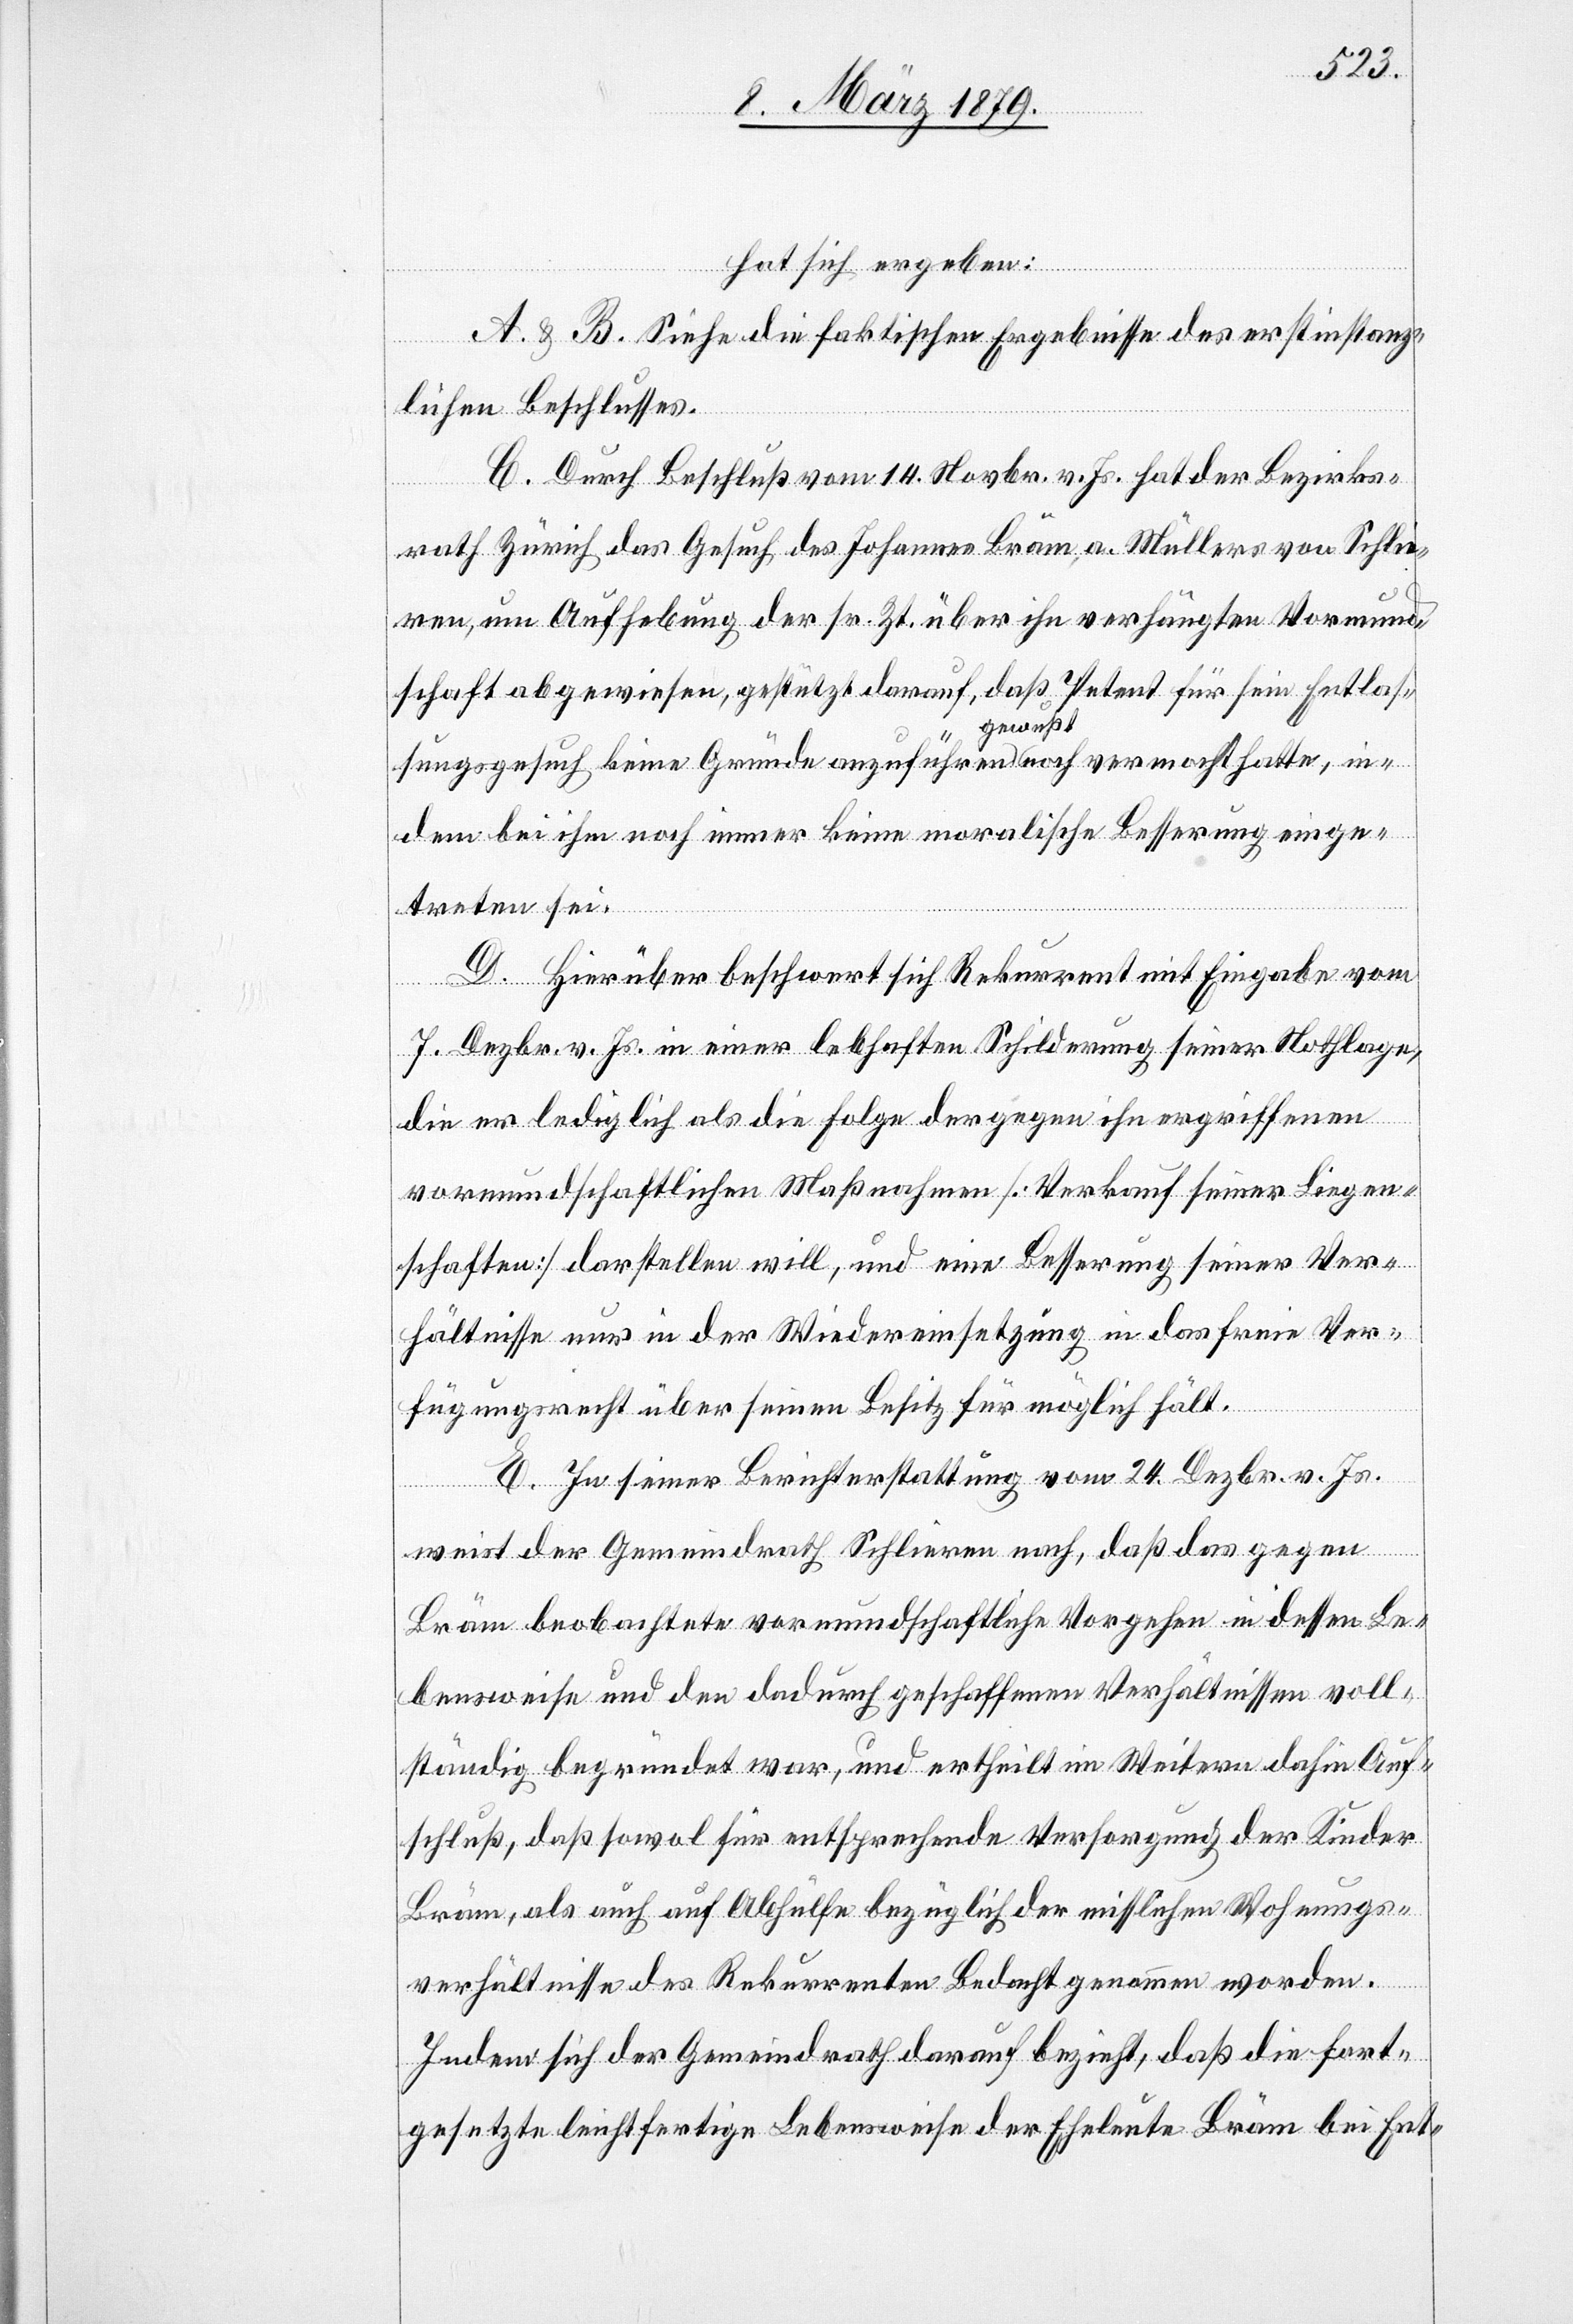
hat sich ergeben:
A. & B. Siehe die faktischen Ergebnisse des erstinstanz¬
lichen Beschlusses.
C. Durch Beschluß vom 14. Novbr. v. Js. hat der Bezirks¬
rath Zürich das Gesuch des Johannes Bräm, a. Müllers von Schlie¬
ren, um Aufhebung der sr. Zt. über ihn verhängten Vormund¬
schaft abgewiesen, gestützt darauf, daß Petent für sein Entlas¬
sungsgesuch keine Gründe anzuführen a-gewußt-a noch vermocht hatte, in¬
dem bei ihm noch immer keine moralische Besserung einge¬
treten sei.
D. Hierüber beschwert sich Rekurrent mit Eingabe vom
7. Dezbr. v. Js. in einer lebhaften Schilderung seiner Nothlage,
die er lediglich als die Folge der gegen ihn ergriffenen
vormundschaftlichen Maßnahmen [Verkauf seiner Liegen¬
schaften] darstellen will, und eine Besserung seiner Ver¬
hältnisse nur in der Wiedereinsetzung in das freie Ver¬
fügungsrecht über seinen Besitz für möglich hält.
E. In seiner Berichterstattung vom 24. Dezbr. v. Js.
weist der Gemeindrath Schlieren nach, daß das gegen
Bräm beobachtete vormundschaftliche Vorgehen in dessen Le¬
bensweise und den dadurch geschaffenen Verhältnissen voll¬
ständig begründet war, und ertheilt im Weitern dahin Auf¬
schluß, daß sowol für entsprechende Versorgung der Kinder
Bräm, als auch auf Abhülfe bezüglich der misslichen Wohnungs¬
verhältnisse des Rekurrenten Bedacht genommen worden.
Indem sich der Gemeindrath darauf bezieht, daß die fort¬
gesetzte leichtfertige Lebensweise der Eheleute Bräm bei Ent-